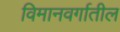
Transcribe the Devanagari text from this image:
विमानवर्गातील